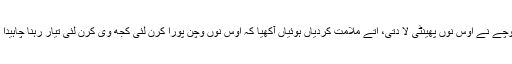
رنپوچے نے اوس نوں پھینٹی لا دتی، اتے ملامت کردیاں ہوئیاں آکھیا کہ اوس نوں وچن پورا کرن لئی کجھ وی کرن لئی تیار رہنا چاہیدا اے۔